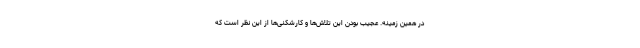
در همین زمینه. عجیب بودن این تلاش‌ها و کارشکنی‌ها از این نظر است که